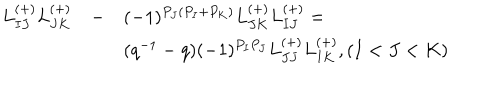
\begin{array} { l l l } { { L _ { I J } ^ { ( + ) } L _ { J K } ^ { ( + ) } } } & { { - } } & { { ( - 1 ) ^ { P _ { J } ( P _ { I } + P _ { K } ) } L _ { J K } ^ { ( + ) } L _ { I J } ^ { ( + ) } = } } \\ { { } } & { { } } & { { ( q ^ { - 1 } - q ) ( - 1 ) ^ { P _ { I } P _ { J } } L _ { J J } ^ { ( + ) } L _ { I K } ^ { ( + ) } , ( I < J < K ) } } \\ \end{array}